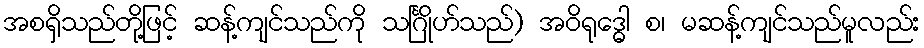
အစရှိသည်တို့ဖြင့် ဆန့်ကျင်သည်ကို သင်္ဂြိုဟ်သည်) အဝိရုဒ္ဓေါ စ၊ မဆန့်ကျင်သည်မူလည်း